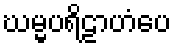
ဃမ္မပရိဠာဟံပေ